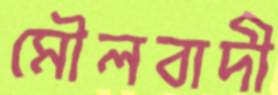
মৌলবাদী